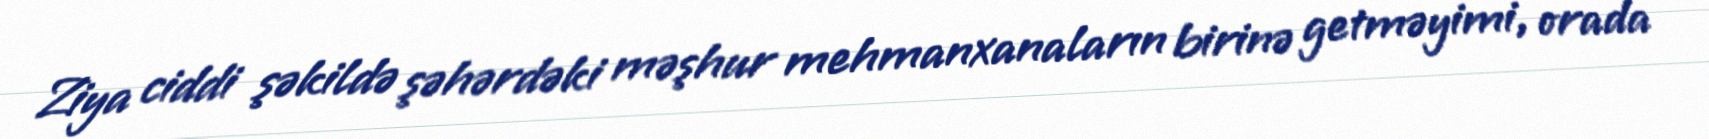
Ziya ciddi şəkildə şəhərdəki məşhur mehmanxanaların birinə getməyimi, orada